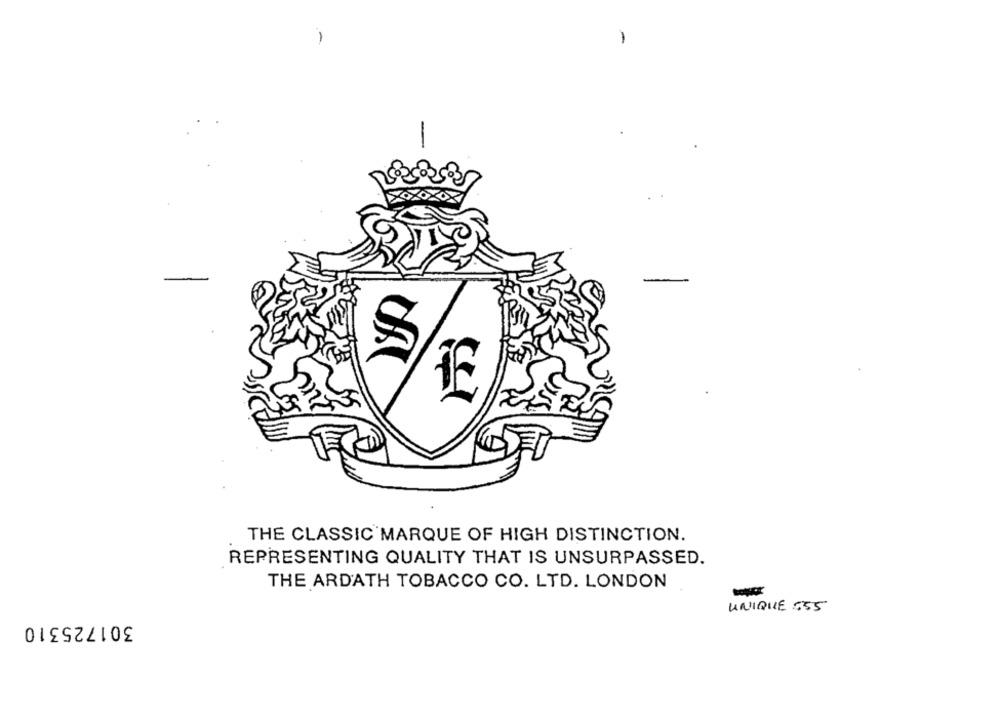
-
-
1
THE CLASSIC MARQUE OF HIGH DISTINCTION.
REPRESENTING QUALITY THAT IS UNSURPASSED.
THE ARDATH TOBACCO CO. LTD. LONDON
UNIQUE :55
301725310